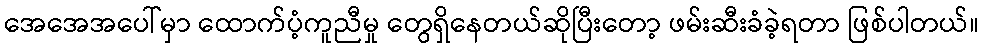
အေအေအပေါ်မှာ ထောက်ပံ့ကူညီမှု တွေရှိနေတယ်ဆိုပြီးတော့ ဖမ်းဆီးခံခဲ့ရတာ ဖြစ်ပါတယ်။